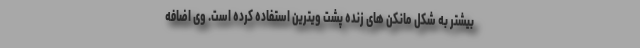
بیشتر به شکل مانکن های زنده پشت ویترین استفاده کرده است. وی اضافه